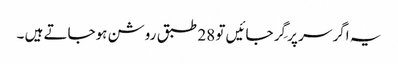
یہ اگر سر پر گِر جائیں تو 28 طبق روشن ہوجاتے ہیں ۔